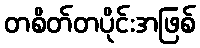
တစိတ်တပိုင်းအဖြစ်